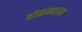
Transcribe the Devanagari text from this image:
होळकराचा